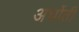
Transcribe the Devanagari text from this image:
अर्घोती